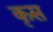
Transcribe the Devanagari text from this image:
कृस